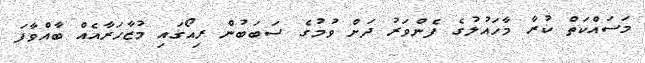
މަސައްކަތް ކުރާ މާހައުލުގެ ފެންވަރު ދަށް ވުމުގެ ސަބަބުން ރިއޯގައި މުޒާހަރާއެއް ބާއްވާފަ